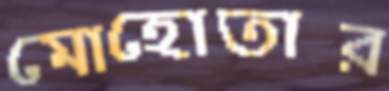
মোহোতার